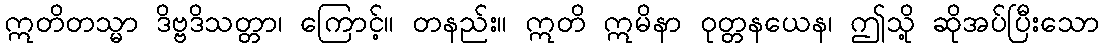
ဣတိတသ္မာ ဒိဗ္ဗဒိသတ္တာ၊ ကြောင့်။ တနည်း။ ဣတိ ဣမိနာ ဝုတ္တနယေန၊ ဤသို့ ဆိုအပ်ပြီးသော